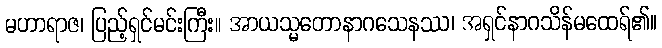
မဟာရာဇ၊ ပြည့်ရှင်မင်းကြီး။ အာယသ္မတောနာဂသေနဿ၊ အရှင်နာဂသိန်မထေရ်၏။